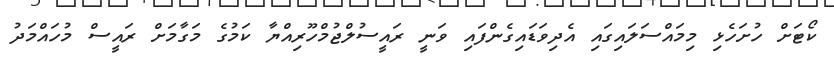
ކޯޓަށް ހުށަހެޅި މިމައްސަލައިގައި އެދިވަޑައިގެންފައި ވަނީ ރައީސުލްޖުމްހޫރިއްޔާ ކަމުގެ މަގާމަށް ރައީސް މުހައްމަދު